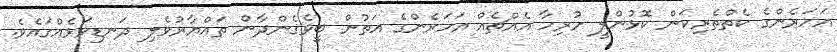
އަހަރެންގެ ކެތްތެރިކަން ކޮޅުންލީ ހުރިހާ އެއްޗެއް އަހަރެންގެ އަތުން ބީވެގެންދާން ތައްޔާރުވެލި ދަނޑިވަޅެއްގައެވެ.